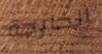
الخارجة